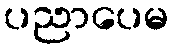
ပညာပေမ